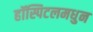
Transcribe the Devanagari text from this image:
हॉस्पिटलमधुन